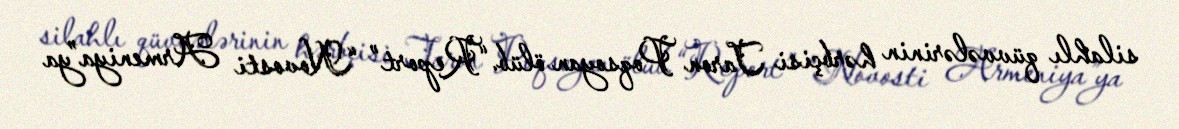
silahlı qüvvələrinin hərbçisi Taron Poqsoyan ölüb.“Report” “Novosti Armeniya”ya